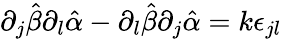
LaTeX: \partial_{j}\hat{\beta}\partial_{l}\hat{\alpha}-\partial_{l}\hat{\beta}\partial_{j}\hat{\alpha}=k\epsilon_{jl}